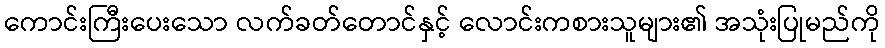
ကောင်းကြီးပေးသော လက်ခတ်တောင်နှင့် လောင်းကစားသူများ၏ အသုံးပြုမည်ကို